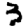
Digit: 3